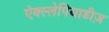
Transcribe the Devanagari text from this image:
ऐक्स्लेपियाडीज़